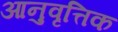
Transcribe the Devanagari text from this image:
आनुवृत्तिक